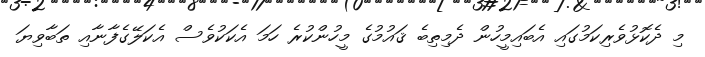
މި ދެކޮޅުވެރިކަމުގައި އެބައިމީހުން ދެމިތިބެ ޤައުމުގެ މީހުންކުރެ ހަމަ އެކަކުވެސް އެކަލޭގެފާނާއި ތަބާވިޔަ